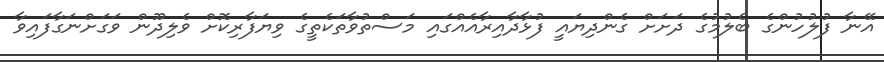
އޭނާ ފުލުހުންގެ ބެލުމުގެ ދަށަށް ގެންދިިޔައީ ފުޅާދާއިރާއެއްގައި މަސްތުވާތަކެތީގެ ވިޔަފާރިކޮށް ވެލިދޫން ވަގަށްނަގާފައިވާ